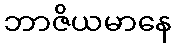
ဘာဇိယမာနေ